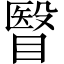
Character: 瞖